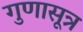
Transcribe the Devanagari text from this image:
गुणासूत्र